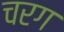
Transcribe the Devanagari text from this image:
चरग